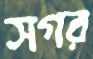
সগর